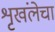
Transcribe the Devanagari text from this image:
शृखंलेचा